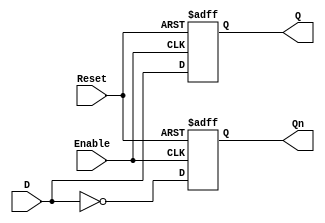
module LatchRegister #(
    parameter N = 8 // Default width of the register is 8 bits
)(
    input wire [N-1:0] D,          // Data input
    input wire Enable,              // Control signal (active high)
    input wire Reset,               // Asynchronous reset
    output reg [N-1:0] Q,           // Data output
    output reg [N-1:0] Qn           // Complementary output
);

    // Register initialization
    always @(posedge Reset or posedge Enable) begin
        if (Reset) begin
            Q <= 0;                 // Reset to 0
            Qn <= ~0;               // Complementary output set to 1
        end else if (Enable) begin
            Q <= D;                 // Load data when Enable is high
            Qn <= ~D;               // Update complementary output
        end
    end

endmodule